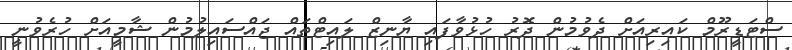
ސްޓަޑީރޫމް ކައިރިއަށް ދެވުމުން ދޮރު ހުޅުވާފައި ޔާނިޒް ލައިޓްތައް ޖައްސައިލުމުން ޝާމީއަށް ހުރެވުނީ